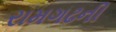
રામગઢની